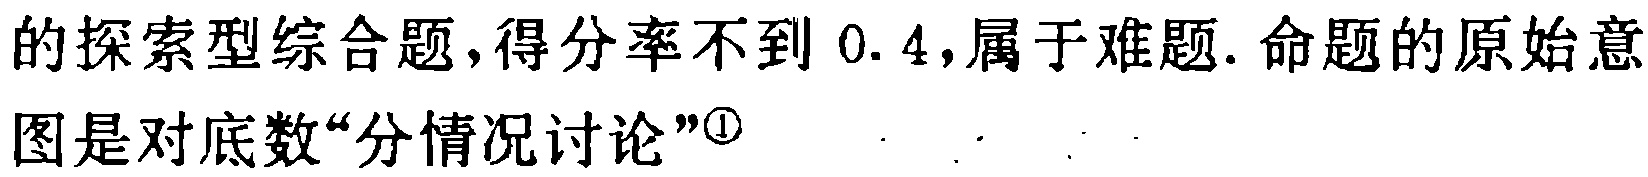
的探索型综合题,得分率不到 0.4,属于难题. 命题的原始意图是对底数“分情况讨论”\textsuperscript{\textcircled{1}}